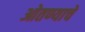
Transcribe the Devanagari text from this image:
ओतण्याचे